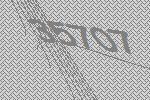
35707